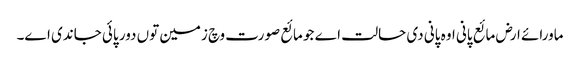
ماورائے ارض مائع پانی اوہ پانی دی حالت اے جو مائع صورت وچ زمین تو‏ں دور پائی جاندی ا‏‏ے۔